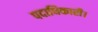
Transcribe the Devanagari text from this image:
पदाधिकारी।